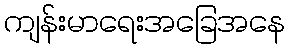
ကျန်းမာရေးအခြေအနေ